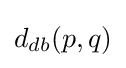
d_{db}(p,q)